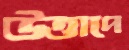
উত্তাপে